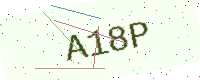
Text: A18P